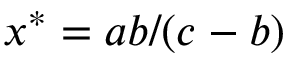
x ^ { * } = a b / ( c - b )